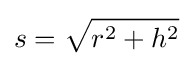
s={\sqrt {r^{2}+h^{2}}}